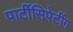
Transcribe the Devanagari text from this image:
पार्टीसिपेटींग